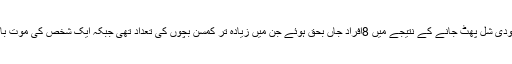
رپورٹ میں بتایا گیا ہے کہ وادی میں زندہ بارودی شل پھٹ جانے کے نتیجے میں 8افراد جاں بحق ہوئے جن میں زیادہ تر کمسن بچوں کی تعداد تھی جبکہ ایک شخص کی موت بارودی سرنگ دھماکے کی وجہ سے واقع ہوئی۔